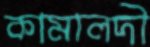
কামালদী